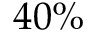
4 0 \%